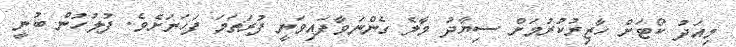
މިއަދު ކޯޓަށް ހާޒިރުކުރުމަށް ސިޔާދު މާލެ ގެންނަވާފައިވަނީ ފުރަތަމަ ފަހަރަށެވެ. ފުލުހުން ބުނީ